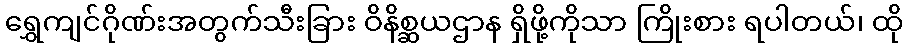
ရွှေကျင်ဂိုဏ်းအတွက်သီးခြား ဝိနိစ္ဆယဌာန ရှိဖို့ကိုသာ ကြိုးစား ရပါတယ်၊ ထို